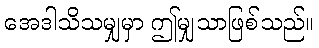
အေဒါသိသမျှမှာ ဤမျှသာဖြစ်သည်။